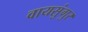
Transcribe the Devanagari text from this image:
वायसुंगुर